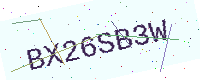
Text: BX26SB3W